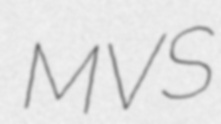
MVS